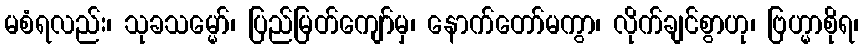
မစံရလည်း၊ သုခသမ္မော်၊ ပြည်မြတ်ကျော်မှ၊ နောက်တော်မကွာ၊ လိုက်ချင်စွာဟု၊ ဗြဟ္မာစိုရ၊